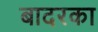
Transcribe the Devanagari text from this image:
बादरका